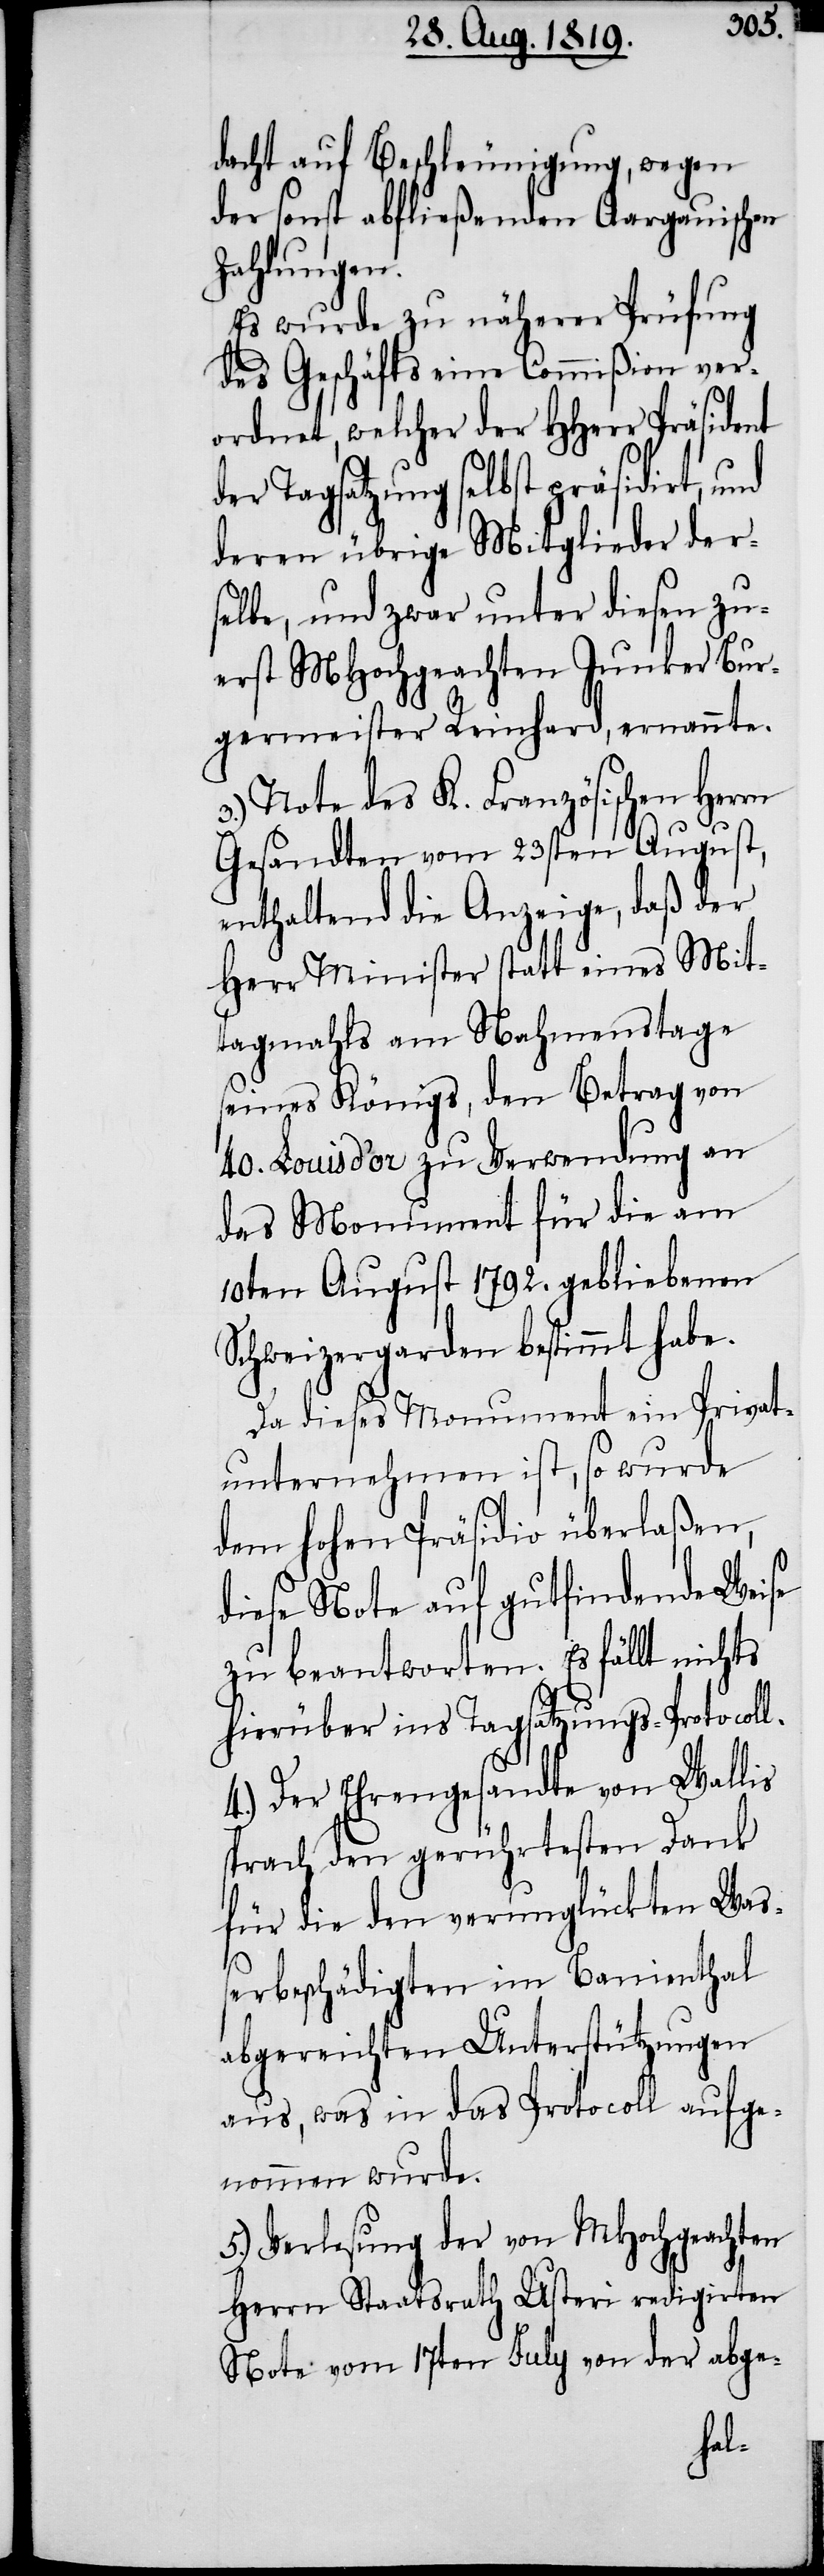
dacht auf Beschleunigung, wegen
der sonst abfließenden Aargauischen
Zahlungen.
Es wurde zu näherer Prüfung
des Geschäfts eine Commißion ver¬
ordnet, welcher der HHerr Präsident
der Tagsatzung selbst präsidirt, und
deren übrige Mitglieder der¬
selbe, und zwar unter diesen zu¬
erst MHochgeachten Junker Bur¬
germeister Reinhard, ernannte.
3.) Note des K. Französischen Herrn
Gesandten vom 23sten August,
enthaltend die Anzeige, daß der
Herr Minister statt eines Mit¬
tagsmahls am Nahmenstage
seines Königs, den Betrag von
40. Louis d’or zu Verwendung an
das Monument für die am
10ten August 1792. gebliebenen
Schweizergarden bestimmt habe.
Da dieses Monument ein Privat¬
unternehmen ist, so wurde
dem hohen Präsidio überlaßen,
diese Note auf gutfindende Weise
zu beantworten. Es fällt nichts
hierüber ins Tagsatzungs-Protocoll.
4.) Der Ehrengesandte von Wallis
sprach den gerührtesten Dank
für die den verunglückten Was¬
serbeschädigten im Banienthal
abgereichten Unterstützungen
aus, was in das Protocoll aufge¬
nommen wurde.
5.) Verlesung der von MHochgeachten
Herrn Staatsrath Usteri redigirten
Note vom 17ten July von der abge-